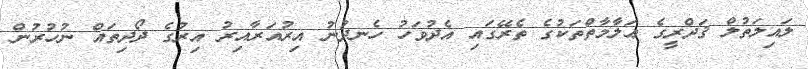
ލައިލަތުލް ޤަދްރީގެ ޢަލާމާތްތަކުގެ ތެރޭގައި އެދުވަހު ހެނދުނު އިރުއަރާއިރު އިރުގެ ދޯދިތައް ނުހުރުން